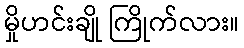
မှိုဟင်းချို ကြိုက်လား။